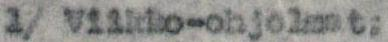
1/ Viikko-ohjelmat: